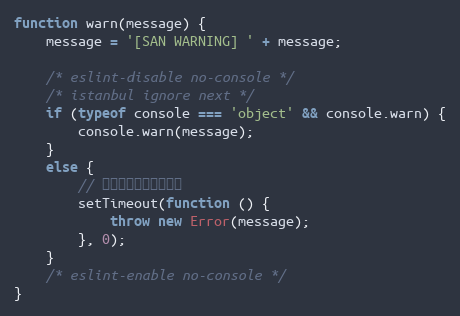
Language: JavaScript
function warn(message) {
    message = '[SAN WARNING] ' + message;

    /* eslint-disable no-console */
    /* istanbul ignore next */
    if (typeof console === 'object' && console.warn) {
        console.warn(message);
    }
    else {
        // 防止警告中断调用堆栈
        setTimeout(function () {
            throw new Error(message);
        }, 0);
    }
    /* eslint-enable no-console */
}